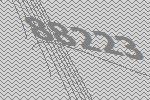
88223